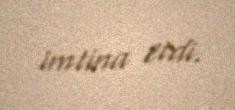
imtina etdi.